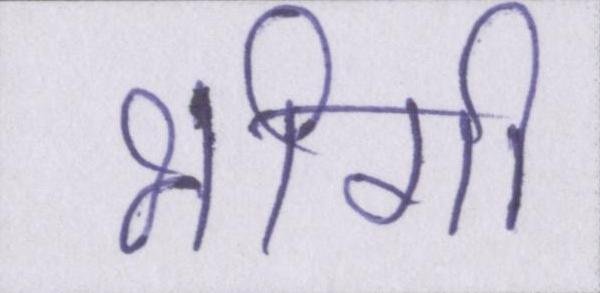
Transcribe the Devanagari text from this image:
भीगी